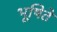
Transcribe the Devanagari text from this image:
भूषिते